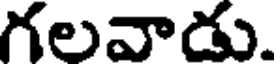
గలవాడు.